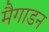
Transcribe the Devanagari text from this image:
मैगाडन